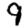
Digit: 9